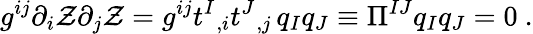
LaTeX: g^{ij}\partial_{i}\mathcal{Z}\partial_{j}\mathcal{Z}=g^{ij}t^{I}{}_{,i}t^{J}{}_{,j}\, q_{I}q_{J}\equiv\Pi^{IJ}q_{I}q_{J}=0\ .